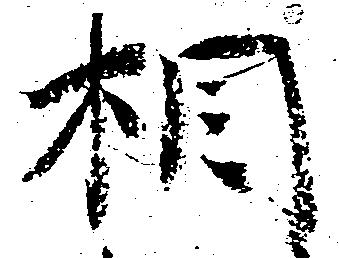
相